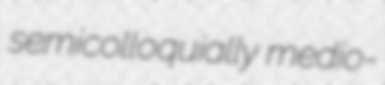
semicolloquially medio-